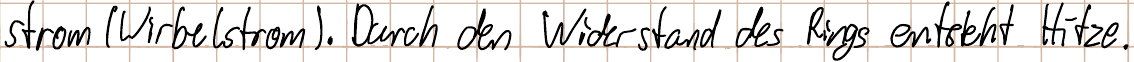
strom (Wirbelstrom). Durch den Widerstand des Rings entsteht Hitze.